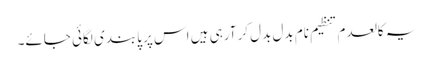
یہ کالعدم تنظیم نام بدل بدل کر آرہی ہیں اس پر پابندی لگائی جائے۔